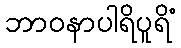
ဘာဝနာပါရိပူရိံ